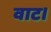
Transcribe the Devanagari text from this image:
वाट।